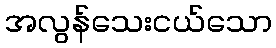
အလွန်သေးငယ်သော